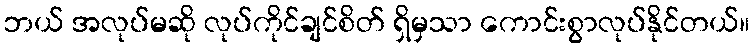
ဘယ် အလုပ်မဆို လုပ်ကိုင်ချင်စိတ် ရှိမှသာ ကောင်းစွာလုပ်နိုင်တယ်။